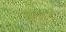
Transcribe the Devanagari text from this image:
संधानों